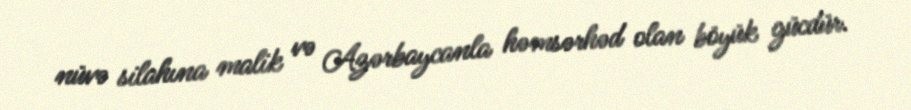
nüvə silahına malik və Azərbaycanla həmsərhəd olan böyük gücdür.